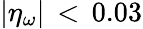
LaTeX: |\eta_{\omega}|\, <\, 0.03